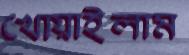
খোয়াইলাম